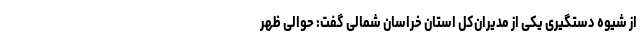
از شیوه دستگیری یکی از مدیران‌کل استان خراسان شمالی گفت: حوالی ظهر